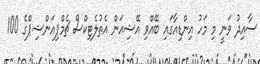
ސާއިދު ވަނީ މި މަހު އިންޑިއާގައި ބޭއްވި އޭޝިއަން އެތުލެޓިކްސް ޗެމްޕިއަންޝިޕްގެ 100